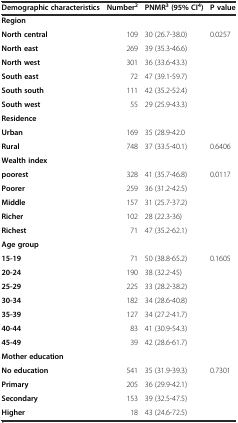
| Demographic characteristics | Number2 | PNMR3 (95% CI4) | P value |
 | --- | --- | --- | --- |
 | Region |  |  |  |
 | North central | 109 | 30 (26.7-38.0) | 0.0257 |
 | North east | 269 | 39 (35.3-46.6) |  |
 | North west | 301 | 36 (33.6-43.3) |  |
 | South east | 72 | 47 (39.1-59.7) |  |
 | South south | 111 | 42 (35.2-52.4) |  |
 | South west | 55 | 29 (25.9-43.3) |  |
 | Residence |  |  |  |
 | Urban | 169 | 35 (28.9-42.0 |  |
 | Rural | 748 | 37 (33.5-40.1) | 0.6406 |
 | <COLSPAN=2> Wealth index |  |  |
 | poorest | 328 | 41 (35.7-46.8) | 0.0117 |
 | Poorer | 259 | 36 (31.2-42.5) |  |
 | Middle | 157 | 31 (25.7-37.2) |  |
 | Richer | 102 | 28 (22.3-36) |  |
 | Richest | 71 | 47 (35.2-62.1) |  |
 | Age group |  |  |  |
 | 15-19 | 71 | 50 (38.8-65.2) | 0.1605 |
 | 20-24 | 190 | 38 (32.2-45) |  |
 | 25-29 | 225 | 33 (28.2-38.2) |  |
 | 30-34 | 182 | 34 (28.6-40.8) |  |
 | 35-39 | 127 | 34 (27.2-41.7) |  |
 | 40-44 | 83 | 41 (30.9-54.3) |  |
 | 45-49 | 39 | 42 (28.6-61.7) |  |
 | Mother education |  |  |  |
 | No education | 541 | 35 (31.9-39.3) | 0.7301 |
 | Primary | 205 | 36 (29.9-42.1) |  |
 | Secondary | 153 | 39 (32.5-47.5) |  |
 | Higher | 18 | 43 (24.6-72.5) |  |